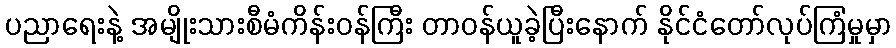
ပညာရေးနဲ့ အမျိုးသားစီမံကိန်းဝန်ကြီး တာဝန်ယူခဲ့ပြီးနောက် နိုင်ငံတော်လုပ်ကြံမှုမှာ